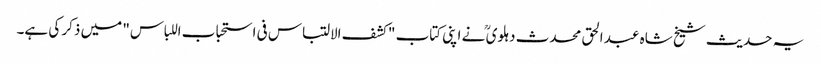
یہ حدیث شیخ شاہ عبد الحق محدث دہلوی ؒ نے اپنی کتاب "کشف الالتباس فی استحباب اللباس" میں ذکر کی ہے۔